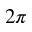
2 \pi